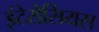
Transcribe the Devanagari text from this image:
इंटेरोसियस